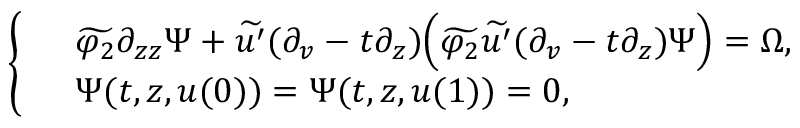
\left\{ \begin{array} { r l } & { \widetilde { \varphi _ { 2 } } \partial _ { z z } \Psi + \widetilde { u ^ { \prime } } ( \partial _ { v } - t \partial _ { z } ) \Big ( \widetilde { \varphi _ { 2 } } \widetilde { u ^ { \prime } } ( \partial _ { v } - t \partial _ { z } ) \Psi \Big ) = \Omega , } \\ & { \Psi ( t , z , u ( 0 ) ) = \Psi ( t , z , u ( 1 ) ) = 0 , } \end{array} \right.